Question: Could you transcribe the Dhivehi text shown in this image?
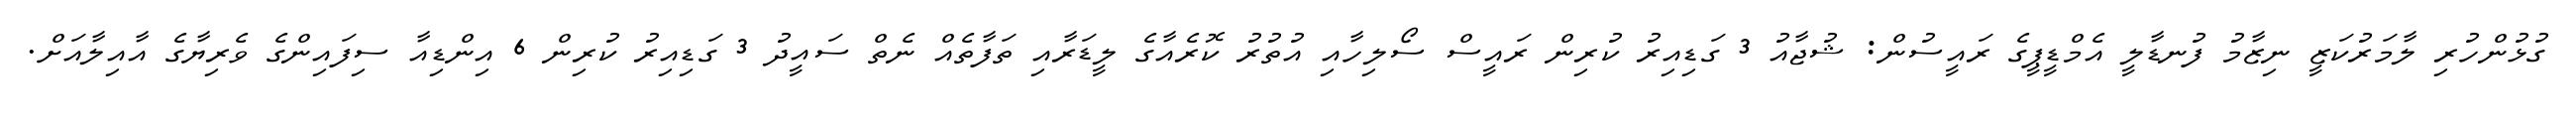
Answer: ގުޅުންހުރި ލާމަރުކަޒީ ނިޒާމު ފުނޑާލީ އެމްޑީޕީގެ ރައީސުން: ޝުޖާއު 3 ގަޑިއިރު ކުރިން ރައީސް ސޯލިހާއި އުތުރު ކޮރެއާގެ ލީޑަރާއި ތަފާތެއް ނެތް ސައީދު 3 ގަޑިއިރު ކުރިން 6 އިންޑިއާ ސިފައިންގެ ވެރިޔާގެ އާއިލާއަށް.